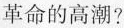
革命的高潮?